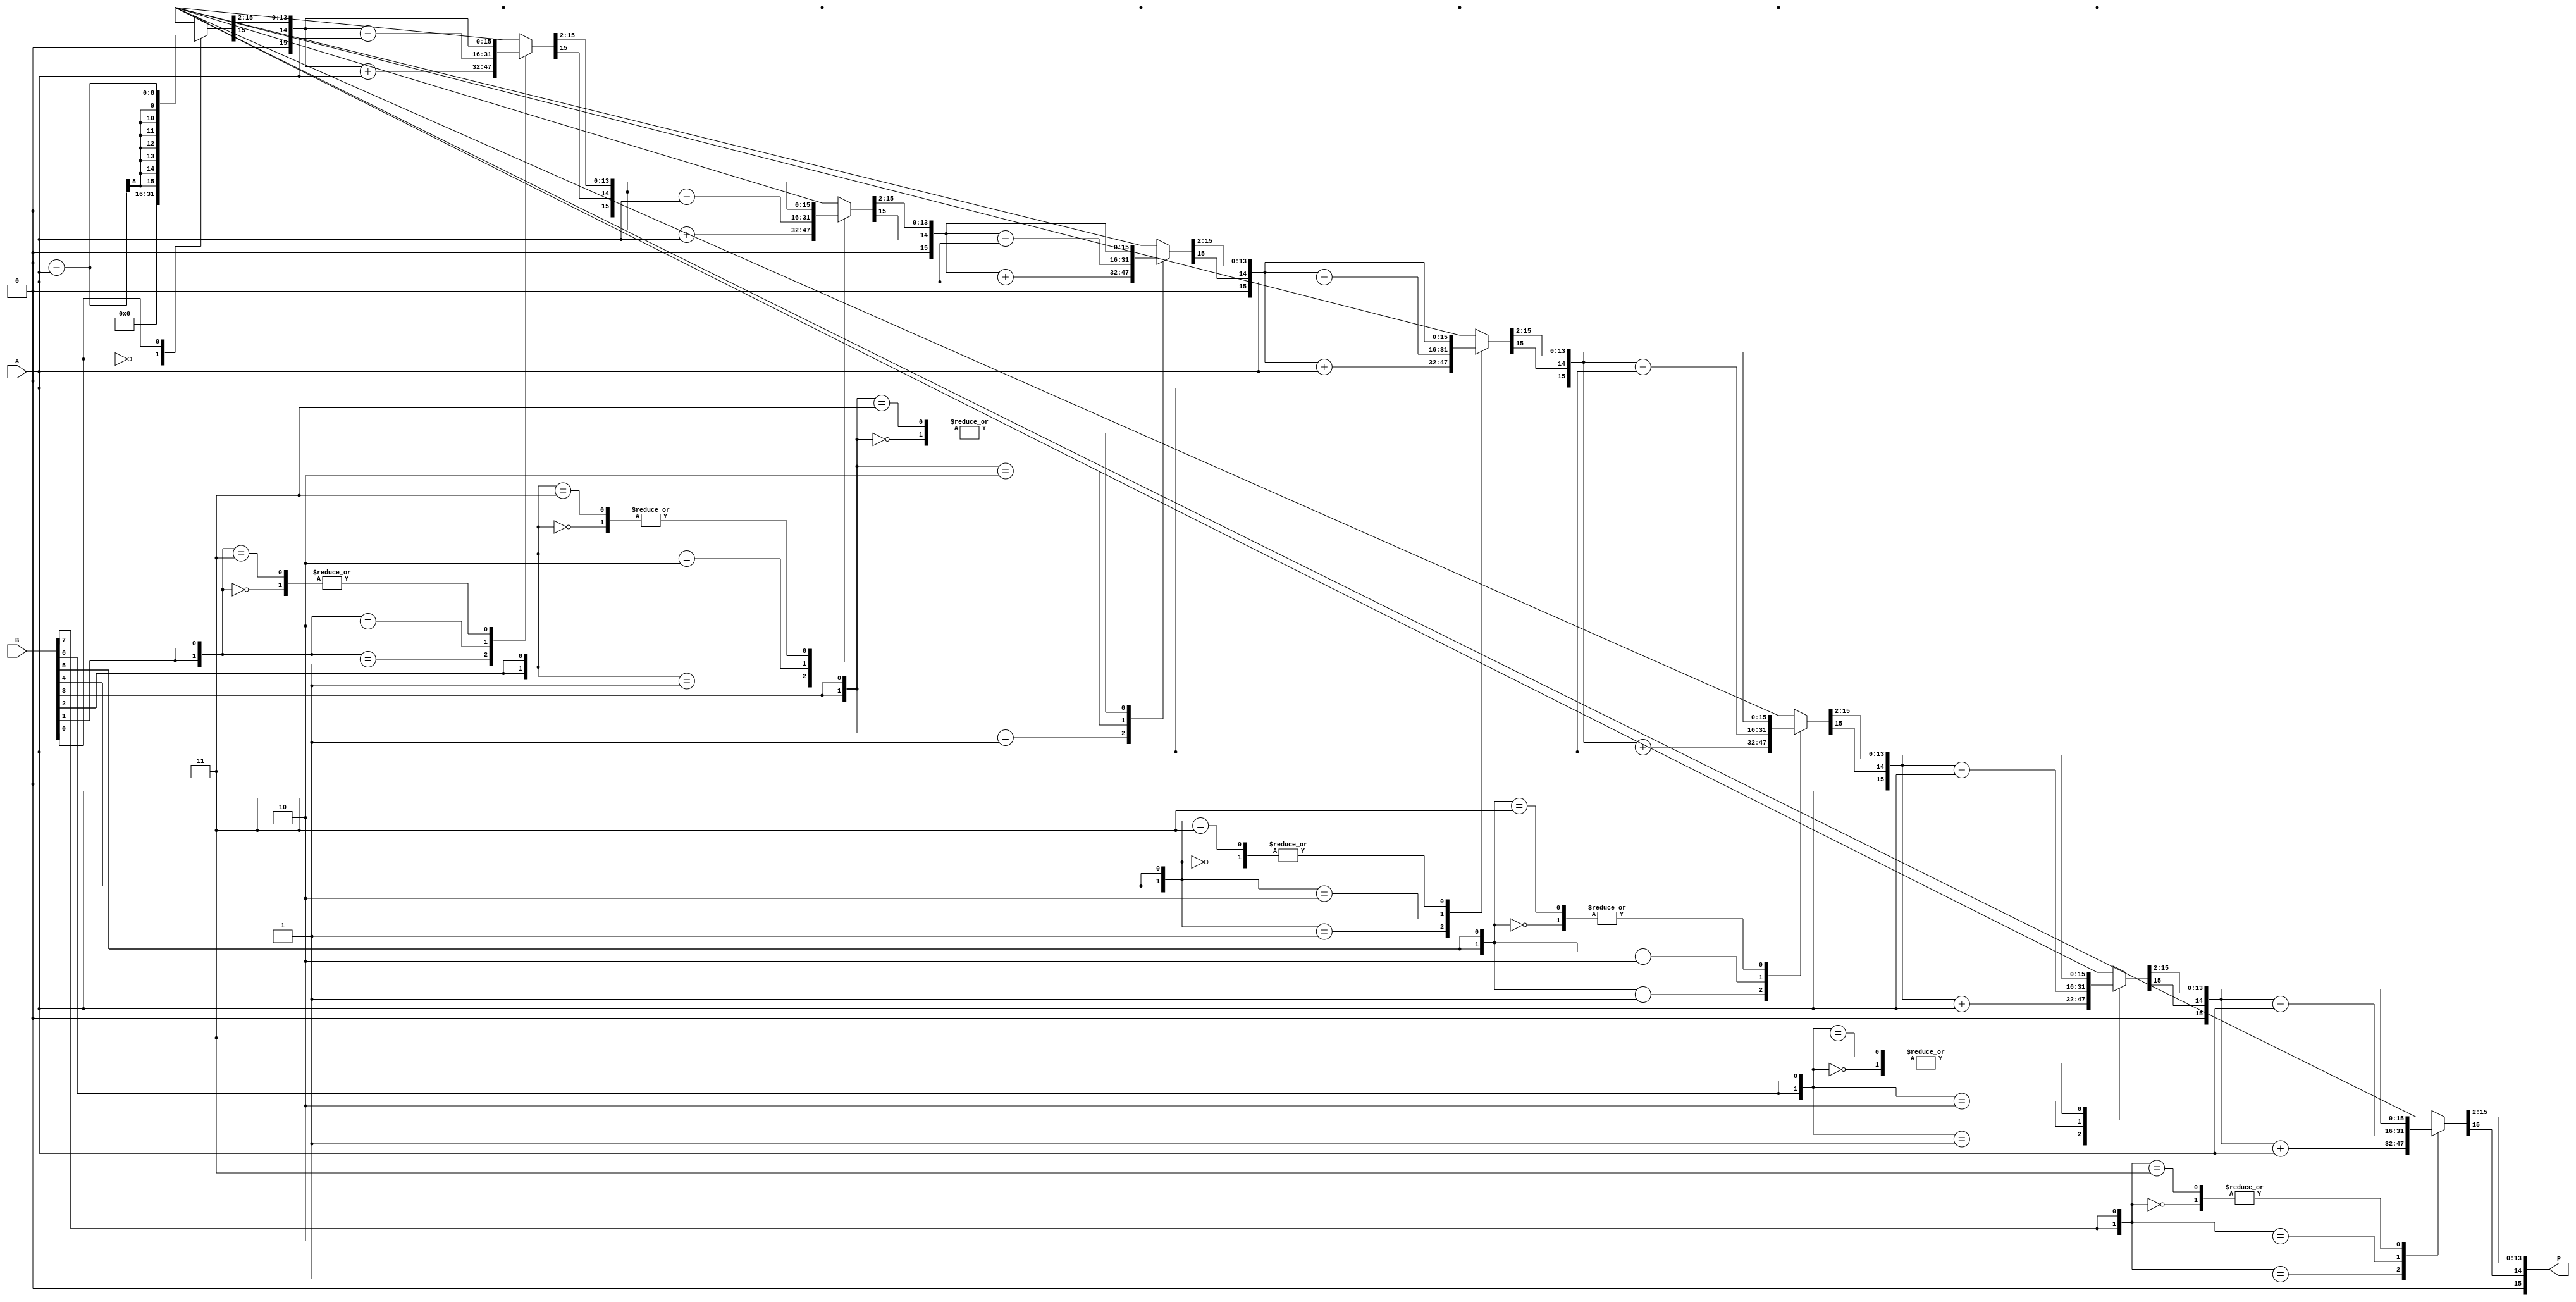
module booth_multiplier #(parameter WIDTH = 8) (
    input signed [WIDTH-1:0] A, // Multiplicand
    input signed [WIDTH-1:0] B, // Multiplier
    output reg signed [2*WIDTH-1:0] P // Product
);

    reg signed [WIDTH-1:0] M; // Multiplicand register
    reg signed [WIDTH-1:0] Q; // Multiplier register
    reg Q_1; // Previous bit of the multiplier
    reg signed [2*WIDTH-1:0] P_temp; // Temporary product register
    integer i;

    always @(*) begin
        // Initialization
        M = A;
        Q = B;
        P_temp = 0;
        Q_1 = 0;

        // Booth's algorithm
        for (i = 0; i < WIDTH; i = i + 1) begin
            case ({Q[0], Q_1})
                2'b00: begin
                    // No action
                end
                2'b01: begin
                    // Add M to P_temp
                    P_temp = P_temp + M;
                end
                2'b10: begin
                    // Subtract M from P_temp
                    P_temp = P_temp - M;
                end
                2'b11: begin
                    // No action
                end
            endcase

            // Arithmetic right shift
            {P_temp, Q} = {P_temp[2*WIDTH-1], P_temp[2*WIDTH-1:1], Q[WIDTH-1:1]}; // Shift P_temp and Q
            Q_1 = Q[0]; // Update Q_1
        end

        // Final product
        P = P_temp;
    end
endmodule